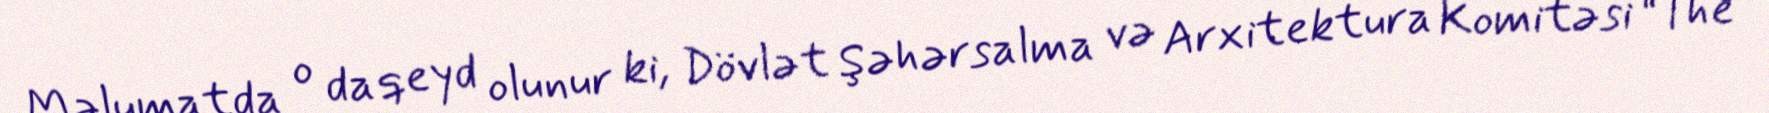
Məlumatda o da qeyd olunur ki, Dövlət Şəhərsalma və Arxitektura Komitəsi “The